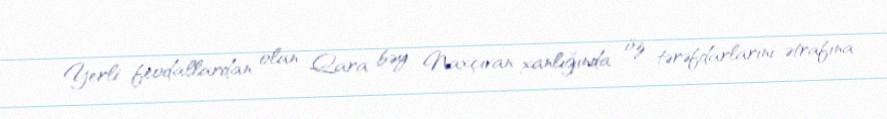
Yerli feodallardan olan Qara bəy Naxçıvan xanlığında öz tərəfdarlarını ətrafına